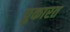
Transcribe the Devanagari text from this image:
पुकारत